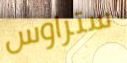
ستراوس